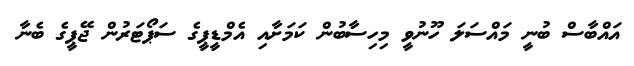
އައްބާސް ބުނީ މައްސަލަ ހޫނުވީ މިހިސާބުން ކަމަށާއި އެމްޑީޕީގެ ސަޕޯޓަރުން ޖޭޕީގެ ބެނާ